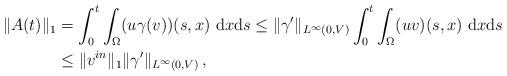
LaTeX: \begin{align*}\|A(t)\|_1 & = \int_0^t \int_\Omega (u\gamma(v))(s,x)\ \mathrm{d}x\mathrm{d}s \le \|\gamma'\|_{L^\infty(0,V)} \int_0^t \int_\Omega (uv)(s,x)\ \mathrm{d}x\mathrm{d}s \\& \le \|v^{in}\|_1 \|\gamma'\|_{L^\infty(0,V)} \,,\end{align*}